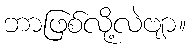
ဘာဖြစ်လို့လဲဗျာ။